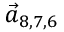
\vec { a } _ { 8 , 7 , 6 }